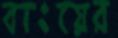
বাংয়ের